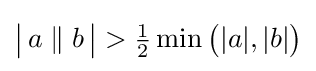
{\big |}\,a\parallel b\,{\big |}>{\tfrac {1}{2}}\min {\bigl (}|a|,|b|{\bigr )}